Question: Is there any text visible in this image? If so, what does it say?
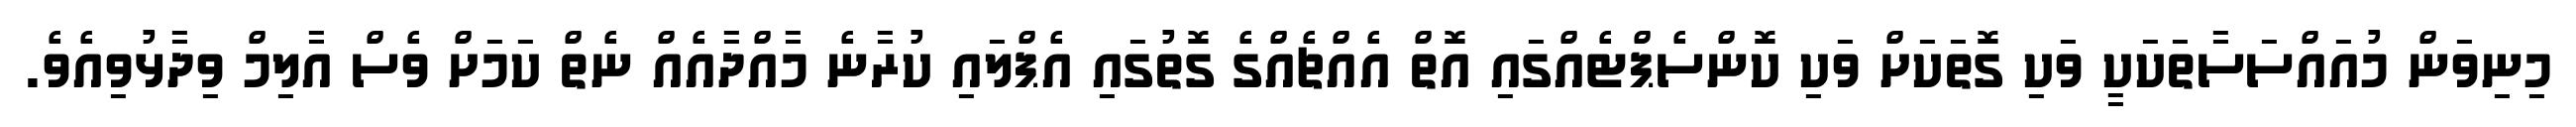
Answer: މިނިވަން މުއައްސަސާތަކަކީ ވަކި ގޮތަކަށް ވަކި ކޮންސެޕްޓެއްގައި އޮތް އެއްޗެއްގެ ގޮތުގައި އެޕްލައި ކުރާނެ މާއްދާއެއް ނެތް ކަމަށް ވެސް އާލިމް ވިދާޅުވިއެވެ.